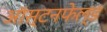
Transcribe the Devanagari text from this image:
ऑस्टनफेल्ड